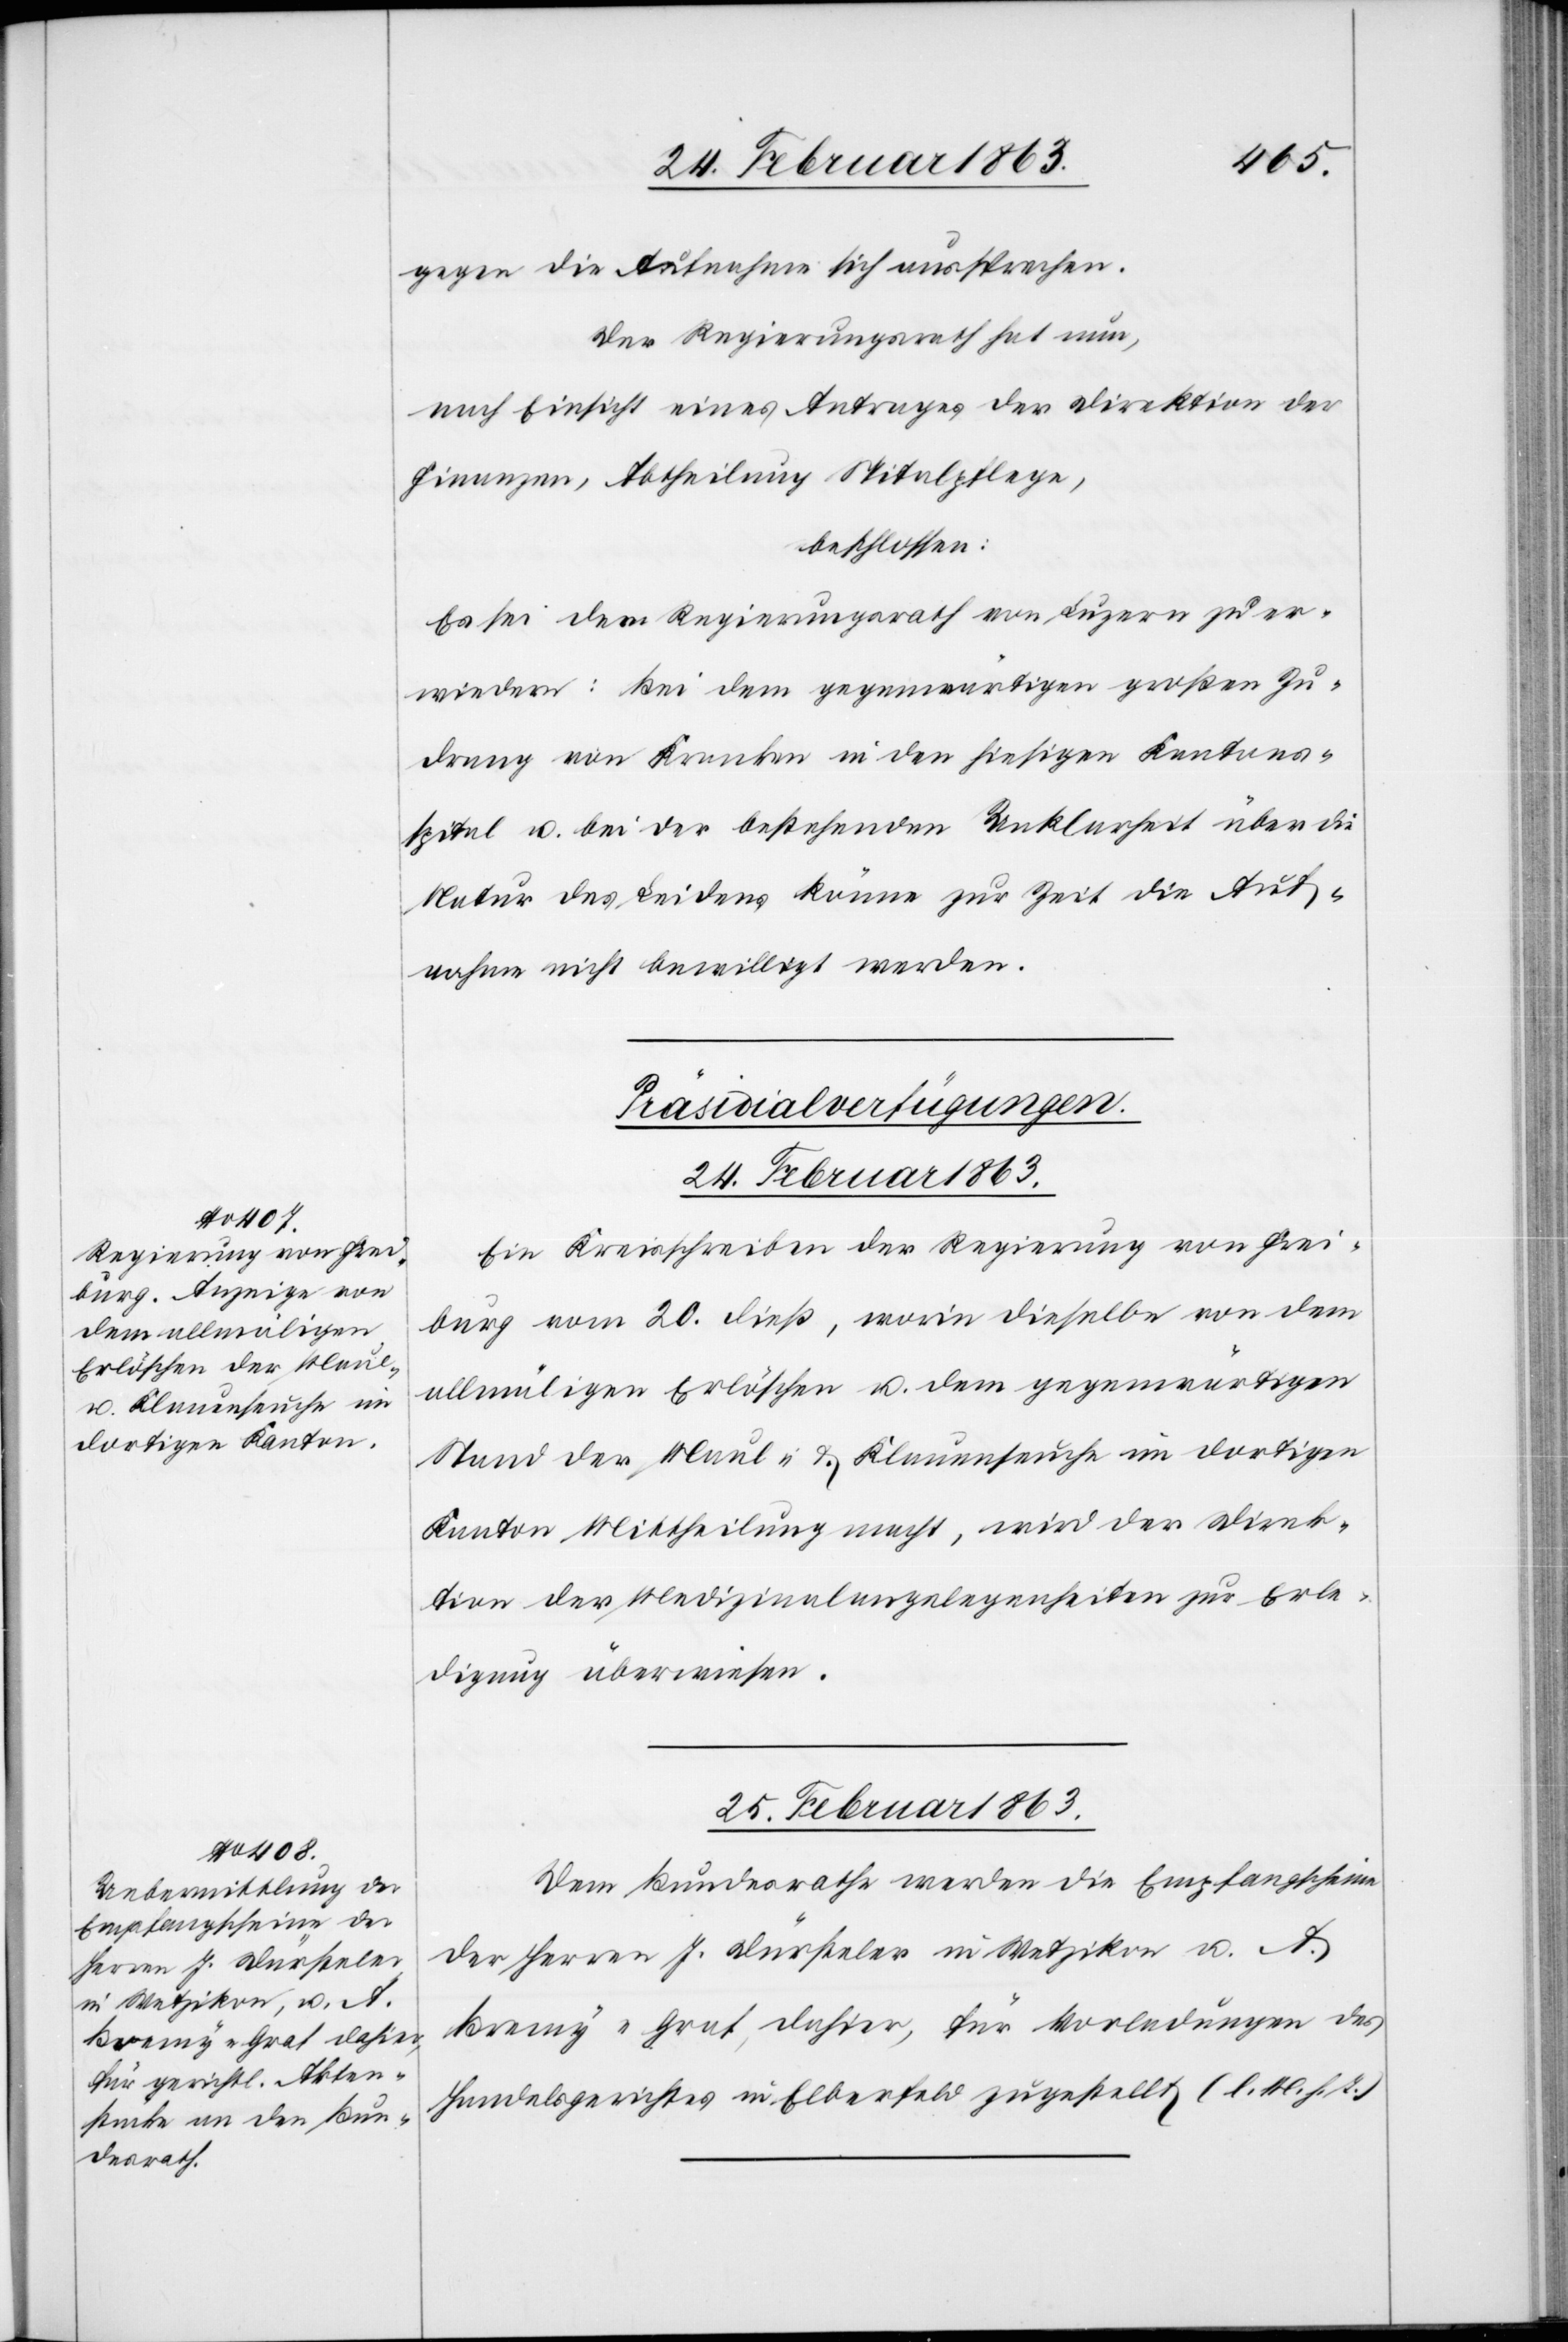
gegen die Aufnahme sich aussprechen.
Der Regierungsrath hat nun,
nach Einsicht eines Antrages der Direktion der
Finanzen, Abtheilung Spitalpflege,
beschlossen:
Es sei dem Regierungsrath von Luzern zu er¬
wiedern: Bei dem gegenwärtigen großen Zu¬
drang von Kranken in den hiesigen Kantons¬
spital u. bei der bestehenden Unklarheit über die
Natur des Leidens könne zur Zeit die Auf¬
nahme nicht bewilligt werden.
[Präsidialverfügungen.]
24. Februar 1863.
Ein Kreisschreiben der Regierung von Frei¬
burg vom 20. dieß, worin dieselbe von dem
allmäligen Erlöschen u. dem gegenwärtigen
Stand der Maul- & Klauenseuche im dortigen
Kanton Mittheilung macht, wird der Direk¬
tion der Medizinalangelegenheiten zur Erle¬
digung überwiesen.
25. Februar 1863.
Dem Bundesrathe werden die Empfangscheine
der Herren J. Dürsteler in Wetzikon u. A.
Bremy-Graf, dahier, für Vorladungen des
Handelsgerichtes in Elberfeld zugestellt (l. M. h. T.)